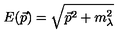
E ( \vec { p } ) = \sqrt { \vec { p } ^ { 2 } + m _ { \lambda } ^ { 2 } }